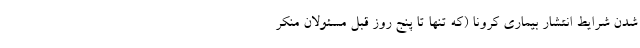
شدن شرایط انتشار بیماری کرونا (که تنها تا پنج روز قبل مسئولان منکر